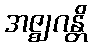
အဇ္ဈဂန္တိ